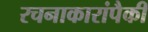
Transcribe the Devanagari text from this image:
रचनाकारांपैकी